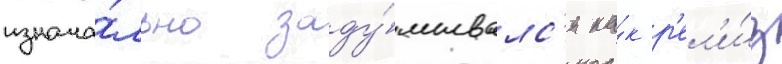
изнача́льно заду́мывалс'я ка́к р'ел'и́з